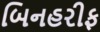
બિનહરીફ